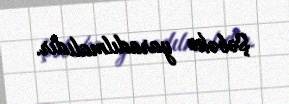
Şəbəkə yaradılmalıdır.